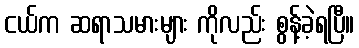
ငယ်က ဆရာသမားများ ကိုလည်း စွန့်ခဲ့ရပြီ။